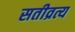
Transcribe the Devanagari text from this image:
सतीव्रत्य